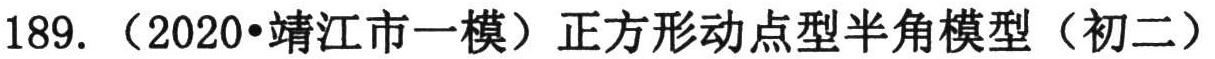
189.（2020•靖江市一模）正方形动点型半角模型（初二）